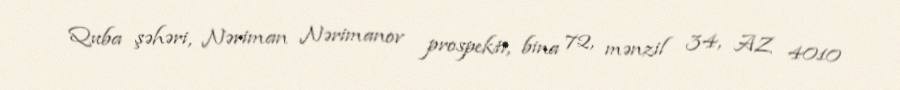
Quba şəhəri, Nəriman Nərimanov prospekti, bina 72, mənzil 34, AZ 4010